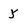
Character: y